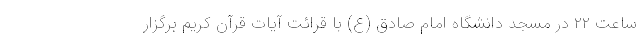
ساعت ۲۲ در مسجد دانشگاه امام صادق (ع) با قرائت آیات قرآن کریم برگزار